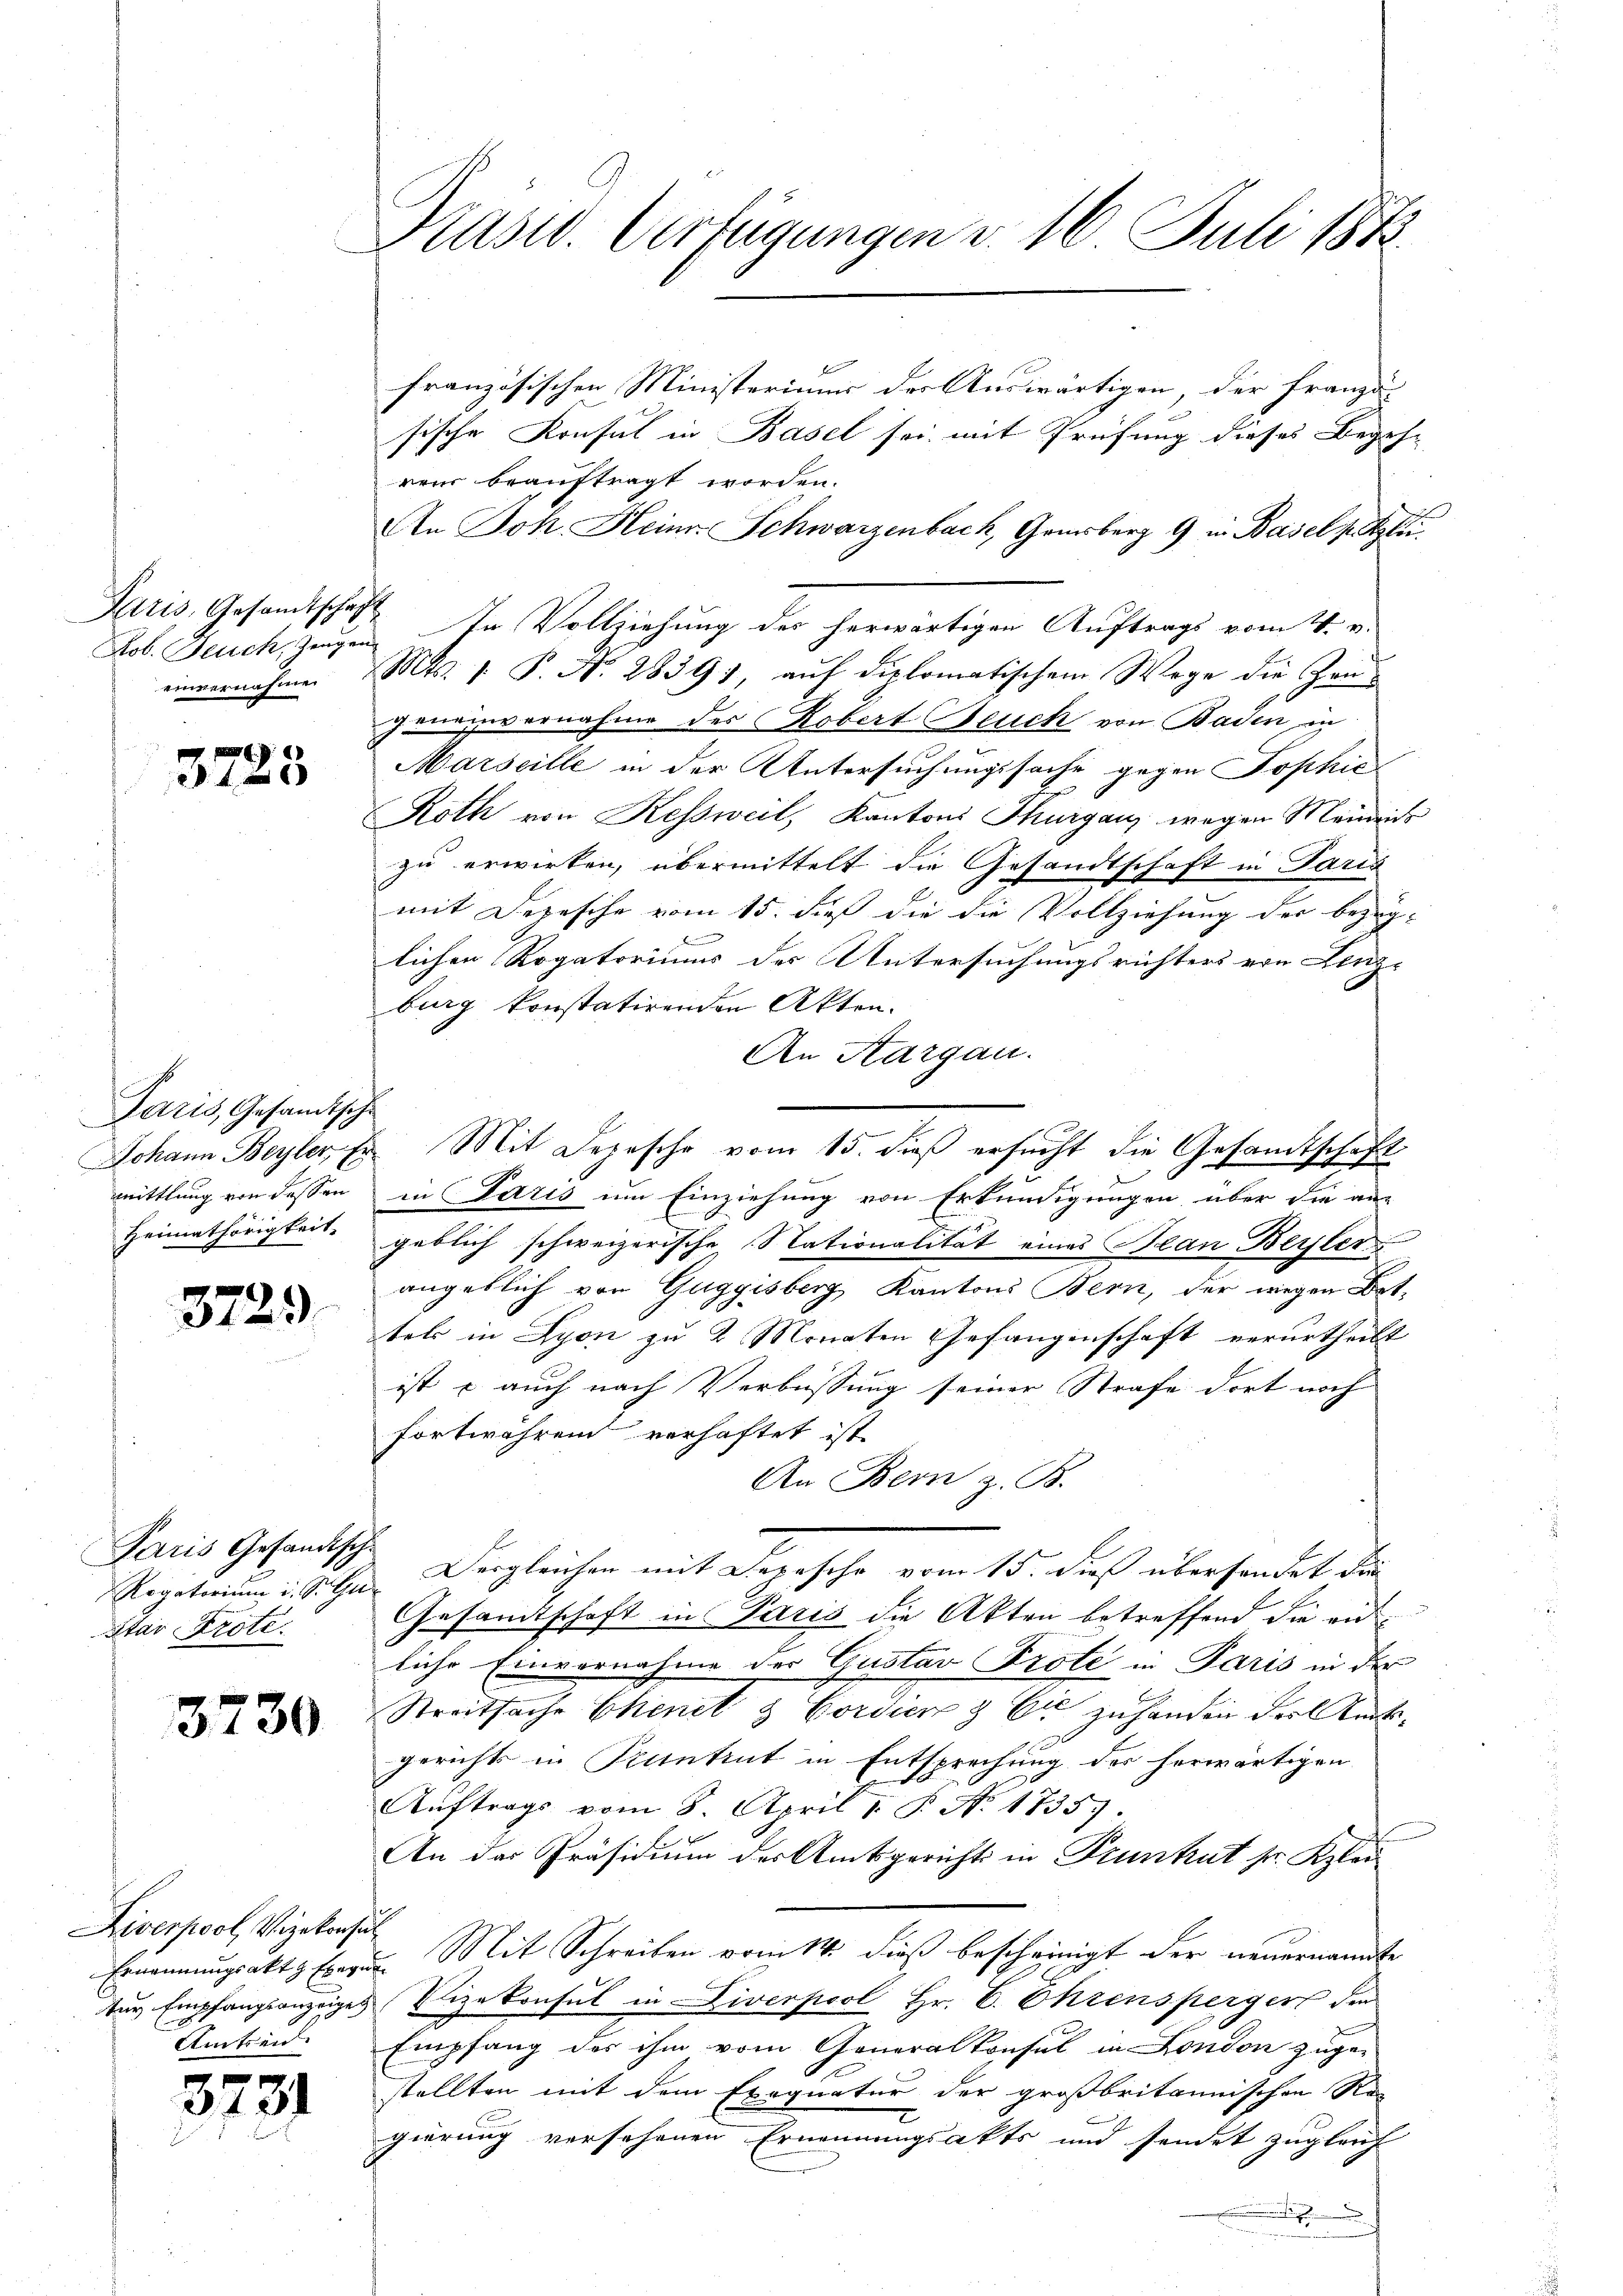
Paris, Gesandtschaf
Job. Feuch, Zeugen
einvernahmen

3725

Paris, Gesandtsche
Johann Beyler, Er
mittlung von dessen
Heimathörigkeit.

3729.

Paris Gesandtsche
Rogatorium i. S. Gu
tar Prote.

3730

Diverpool, Vizekonsu
Ernennungsakt & Exege
tey Empfangsanzeiges
Amtreid

3731

Präsid. Verfügungen d. 16. Juli 1873.

.

französischen Ministeriums der Auswärtigen, der franza-
sische Konsul in Basel sei mit Prüfung dieses Begehren beauftragt worden.
An Joh. Heinr. Schwarzenbach, Gaisberg 9 in Basel fr glei
In Vollziehung des herwärtigen Auftrags vom V.
Mts. 1. P. N. 2839), aŭf diplomatischem Wege die Zeugeneinvernahme des Robert Neuch von Baden, in
Marseille in der Untersuchungssache gegen Sophie
Roth von Kessweil, Kantons Thurganz wegen Meinrich
zu erwirken, übermittelt die Gesandtschaft in Paris
mit Depesche vom 15. dieß die die Vollziehung der bezüg-
lichen Rogatoriums des Untersuchungsrichters von Lenz-
burg konstatirenden Akten.
An Aargau.
Mit Depesche vom 15. dieß ersucht die Gesandtschaft
in Paris um Einziehung von Erkundigungen über die an-
geblich schweizerische Nationalität eines Blan Berster
angeblich von Guggisberg, Kantons Bern, der wegen Dat-
tels in Lyon zu 2 Monaten Gefangenschaft verurtheilt
ist - auch nach Verbüssung seiner Strafe dort noch
fortwährend verhaftet ist
An Bern z. B.
Dergleichen mit Depesche vom 15. dieß übersendet die
Gesandtschaft in Paris die Akten betreffend die eiliche Einvernahme der Gustav Prote in Paris in der
Streitsache Chinel & Corsien & Cie zu handen der Rückgerichts in Pruntrut in Entsprechung des herwärtigen
Auftrags vom 8. April 1. P. No. 1735
An das Präsidium der Amtsgerichts in Trunkut sr. Klei
Mit Schreiben vom 14. dieß bescheinigt der neuernannte
Vizekonsul in Diverpool Hr. C. Ehrensperger den
Empfang des ihm vom Generalkonsul in London zuge-
stellten mit dem Exequatur der großbritannischen Ro-
gierung versehenen Ernennungsatts und sendet zugleich